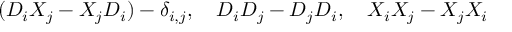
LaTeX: ( D _ { i } X _ { j } - X _ { j } D _ { i } ) - \delta _ { i , j } , \ \ \ D _ { i } D _ { j } - D _ { j } D _ { i } , \ \ \ X _ { i } X _ { j } - X _ { j } X _ { i }